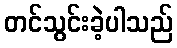
တင်သွင်းခဲ့ပါသည်